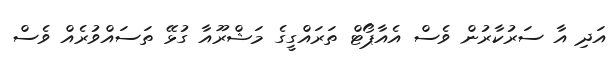
އަދި އާ ސަރުކާރުން ވެސް އެއާޕޯޓް ތަރައްގީގެ މަޝްރޫއާ ގުޅޭ ތަސައްވުރެއް ވެސް